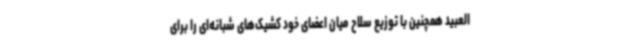
العبید همچنین با توزیع سلاح میان اعضای خود کشیک‌های شبانه‌ای را برای